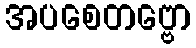
အပစေတဗ္ဗော